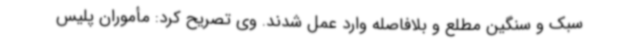
سبک و سنگین مطلع و بلافاصله وارد عمل شدند. وی تصریح کرد: مأموران پلیس